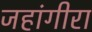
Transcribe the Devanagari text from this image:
जहांगीरा